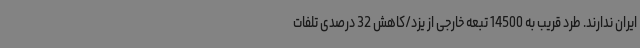
ایران ندارند. طرد قریب به 14500 تبعه خارجی از یزد/کاهش 32 درصدی تلفات